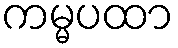
ကမ္မပထာ